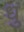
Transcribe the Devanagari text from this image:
धु